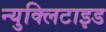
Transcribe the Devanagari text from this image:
न्युक्लिटाइड